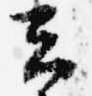
云